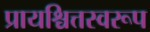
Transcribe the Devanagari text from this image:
प्रायश्चित्तस्वरूप